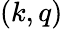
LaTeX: (k,q)